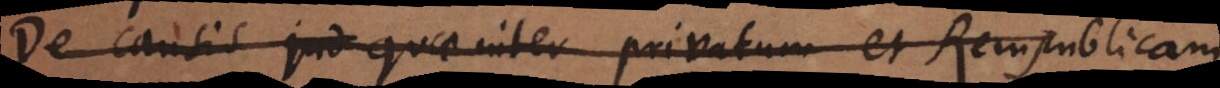
De causis jud quae inter privatum et Rempublicam